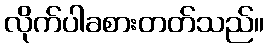
လိုက်ပါခစားတတ်သည်။